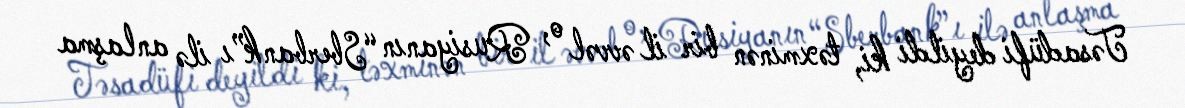
Təsadüfi deyildi ki, təxminən bir il əvvəl o, Rusiyanın “Sberbank”ı ilə anlaşma